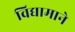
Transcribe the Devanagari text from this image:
विद्यामाने